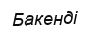
Бакенді